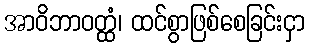
အာဝိဘာဝတ္ထံ၊ ထင်စွာဖြစ်စေခြင်းငှာ